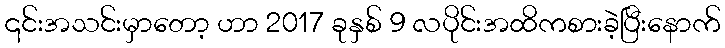
၎င်းအသင်းမှာတော့ ဟာ 2017 ခုနှစ် 9 လပိုင်းအထိကစားခဲ့ပြီးနောက်